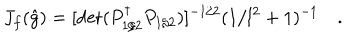
J _ { f } ( \hat { g } ) = [ \det ( P _ { 1 / 2 } ^ { \dagger } P _ { 1 / 2 } ) ] ^ { - 1 / 2 } ( 1 / l ^ { 2 } + 1 ) ^ { - 1 } \quad .